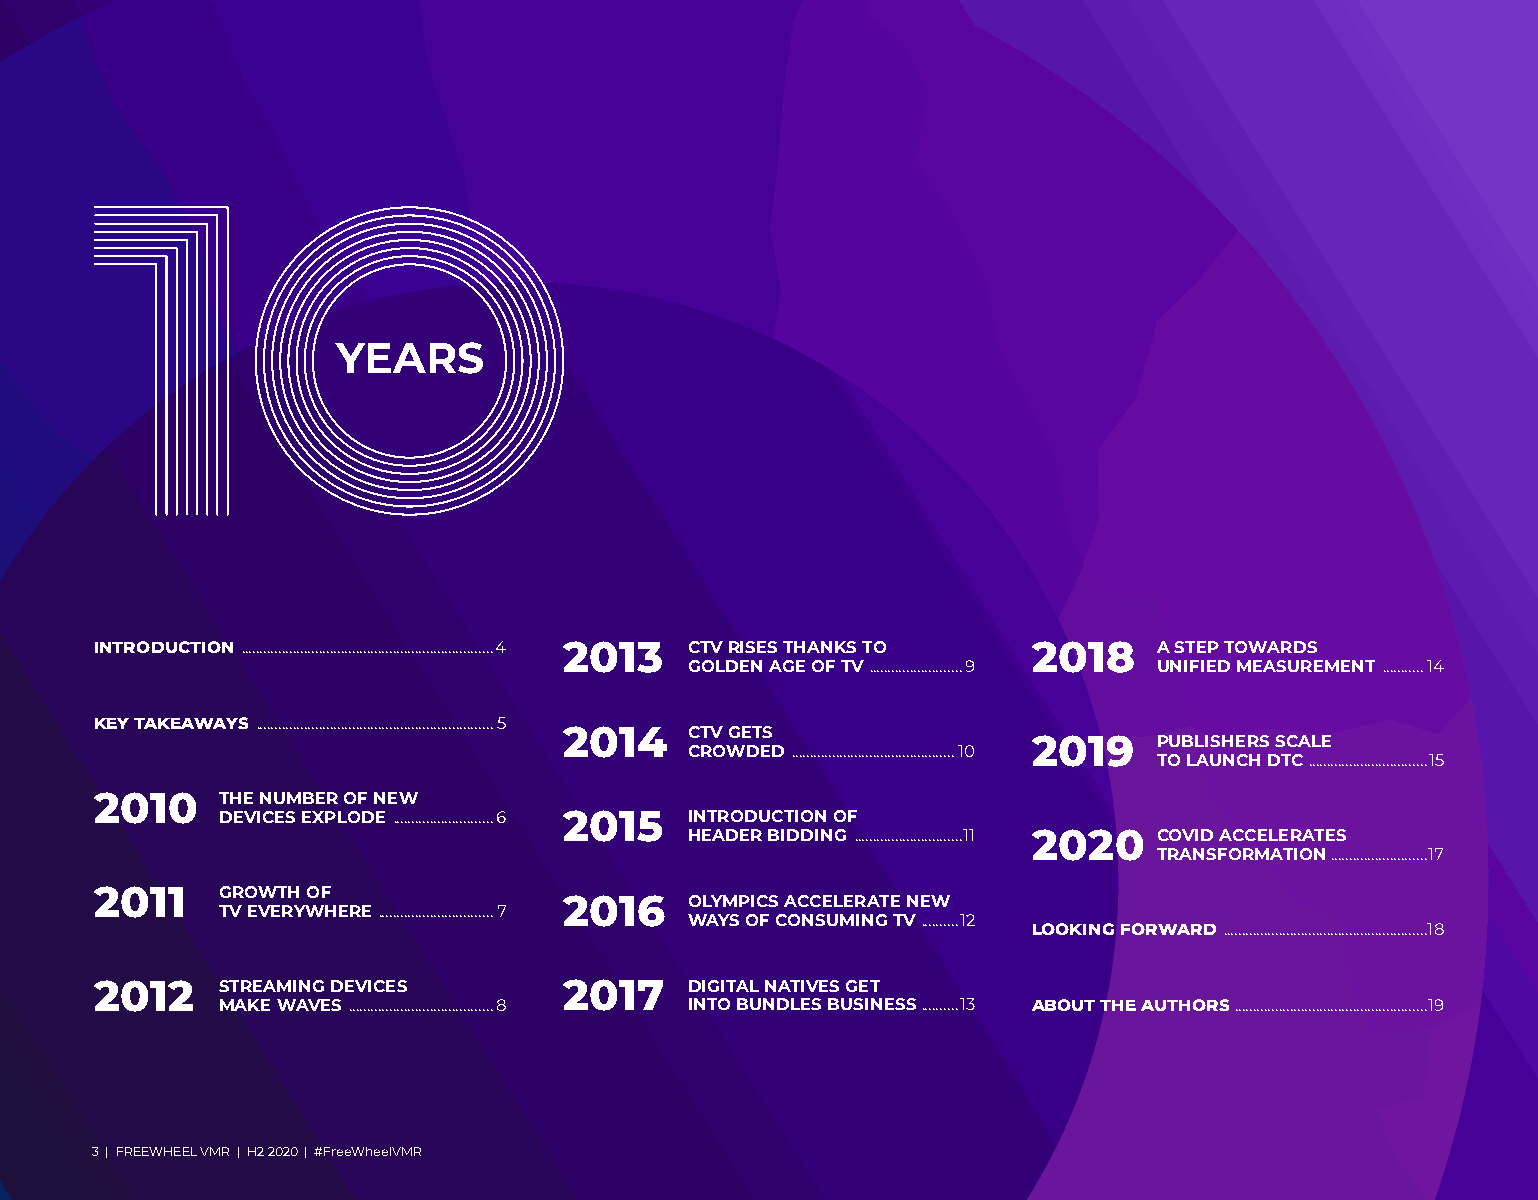
YEARS
 INTRODUCTION ....................................................................4 2013 CTV RISES THANKS TO 2018 A STEP TOWARDS
 GOLDEN AGE OF TV .........................9 UNIFIED MEASUREMENT ...........14
 KEY TAKEAWAYS ................................................................5
 2014     CTV GETS
 2019     PUBLISHERS SCALE
 CROWDED ............................................10
 TO LAUNCH DTC ................................15
 2010    THE NUMBER OF NEW
 DEVICES EXPLODE ...........................6 2015 INTRODUCTION OF
 HEADER BIDDING .............................11 2020 COVID ACCELERATES
 TRANSFORMATION ..........................17
 2011    GROWTH OF
 2016     OLYMPICS ACCELERATE NEW
 TV EVERYWHERE ...............................7
 WAYS OF CONSUMING TV ..........12
 LOOKING FORWARD .......................................................18
 2012    STREAMING DEVICES      2017     DIGITAL NATIVES GET
 MAKE WAVES .......................................8 INTO BUNDLES BUSINESS . .........13 ABOUT THE AUTHORS ....................................................19
 3 | FREEWHEEL VMR | H2 2020 | #FreeWheelVMR